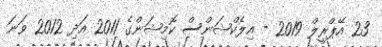
23 އޭޕްރީލް 2019 - އިލެކްޝަންސް ކޮމިޝަންގެ 2011 އަދި 2012 ވަނަ